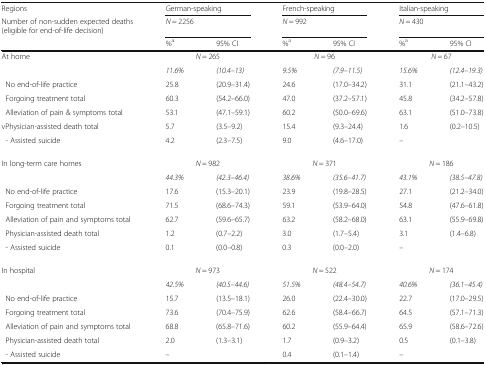
<table><thead><tr><td><b>Regions</b></td><td colspan="2"><b>German-speaking</b></td><td colspan="2"><b>French-speaking</b></td><td colspan="2"><b>Italian-speaking</b></td></tr><tr><td><b>Number of non-sudden expected deaths (eligible for end-of-life decision)</b></td><td colspan="2"><b><i>N</i> = 2256</b></td><td colspan="2"><b><i>N</i> = 992</b></td><td colspan="2"><b><i>N</i> = 430</b></td></tr><tr><td></td><td><b>%<sup>a</sup></b></td><td><b>95% CI</b></td><td><b>%<sup>a</sup></b></td><td><b>95% CI</b></td><td><b>%<sup>a</sup></b></td><td><b>95% CI</b></td></tr></thead><tbody><tr><td>At home</td><td colspan="2"><i>N</i> = 265</td><td colspan="2"><i>N</i> = 96</td><td colspan="2"><i>N</i> = 67</td></tr><tr><td></td><td><i>11.6%</i></td><td><i>(10.4–13)</i></td><td><i>9.5%</i></td><td><i>(7.9–11.5)</i></td><td><i>15.6%</i></td><td><i>(12.4–19.3)</i></td></tr><tr><td> No end-of-life practice</td><td>25.8</td><td>(20.9–31.4)</td><td>24.6</td><td>(17.0–34.2)</td><td>31.1</td><td>(21.1–43.2)</td></tr><tr><td> Forgoing treatment total</td><td>60.3</td><td>(54.2–66.0)</td><td>47.0</td><td>(37.2–57.1)</td><td>45.8</td><td>(34.2–57.8)</td></tr><tr><td> Alleviation of pain &amp; symptoms total</td><td>53.1</td><td>(47.1–59.1)</td><td>60.2</td><td>(50.0–69.6)</td><td>63.1</td><td>(51.0–73.8)</td></tr><tr><td>vPhysician-assisted death total</td><td>5.7</td><td>(3.5–9.2)</td><td>15.4</td><td>(9.3–24.4)</td><td>1.6</td><td>(0.2–10.5)</td></tr><tr><td> - Assisted suicide</td><td>4.2</td><td>(2.3–7.5)</td><td>9.0</td><td>(4.6–17.0)</td><td>–</td><td></td></tr><tr><td>In long-term care homes</td><td colspan="2"><i>N</i> = 982</td><td colspan="2"><i>N</i> = 371</td><td colspan="2"><i>N</i> = 186</td></tr><tr><td></td><td><i>44.3%</i></td><td><i>(42.3–46.4)</i></td><td><i>38.6%</i></td><td><i>(35.6–41.7)</i></td><td><i>43.1%</i></td><td><i>(38.5–47.8)</i></td></tr><tr><td> No end-of-life practice</td><td>17.6</td><td>(15.3–20.1)</td><td>23.9</td><td>(19.8–28.5)</td><td>27.1</td><td>(21.2–34.0)</td></tr><tr><td> Forgoing treatment total</td><td>71.5</td><td>(68.6–74.3)</td><td>59.1</td><td>(53.9–64.0)</td><td>54.8</td><td>(47.6–61.8)</td></tr><tr><td> Alleviation of pain and symptoms total</td><td>62.7</td><td>(59.6–65.7)</td><td>63.2</td><td>(58.2–68.0)</td><td>63.1</td><td>(55.9–69.8)</td></tr><tr><td> Physician-assisted death total</td><td>1.2</td><td>(0.7–2.2)</td><td>3.0</td><td>(1.7–5.4)</td><td>3.1</td><td>(1.4–6.8)</td></tr><tr><td> - Assisted suicide</td><td>0.1</td><td>(0.0–0.8)</td><td>0.3</td><td>(0.0–2.0)</td><td>–</td><td></td></tr><tr><td>In hospital</td><td colspan="2"><i>N</i> = 973</td><td colspan="2"><i>N</i> = 522</td><td colspan="2"><i>N</i> = 174</td></tr><tr><td></td><td><i>42.5%</i></td><td><i>(40.5–44.6)</i></td><td><i>51.5%</i></td><td><i>(48.4–54.7)</i></td><td><i>40.6%</i></td><td><i>(36.1–45.4)</i></td></tr><tr><td> No end-of-life practice</td><td>15.7</td><td>(13.5–18.1)</td><td>26.0</td><td>(22.4–30.0)</td><td>22.7</td><td>(17.0–29.5)</td></tr><tr><td> Forgoing treatment total</td><td>73.6</td><td>(70.4–75.9)</td><td>62.6</td><td>(58.4–66.7)</td><td>64.5</td><td>(57.1–71.3)</td></tr><tr><td> Alleviation of pain and symptoms total</td><td>68.8</td><td>(65.8–71.6)</td><td>60.2</td><td>(55.9–64.4)</td><td>65.9</td><td>(58.6–72.6)</td></tr><tr><td> Physician-assisted death total</td><td>2.0</td><td>(1.3–3.1)</td><td>1.7</td><td>(0.9–3.2)</td><td>0.5</td><td>(0.1–3.8)</td></tr><tr><td> - Assisted suicide</td><td>–</td><td></td><td>0.4</td><td>(0.1–1.4)</td><td>–</td><td></td></tr></tbody></table>